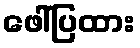
ဖေါ်ပြထား